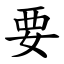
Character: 要